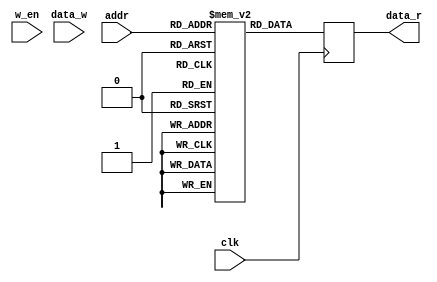
module rom (input wire [9:0]addr,
				input wire [7:0]data_w,
				input wire w_en,
				input clk,
				output reg [7:0]data_r
				);
				
reg [7:0] mem [0:1023];
always @(posedge clk)
begin
	data_r <= mem[addr];
end
endmodule